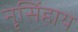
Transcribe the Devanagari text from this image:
नृसिंहाय